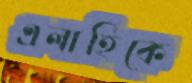
এলাহিকে